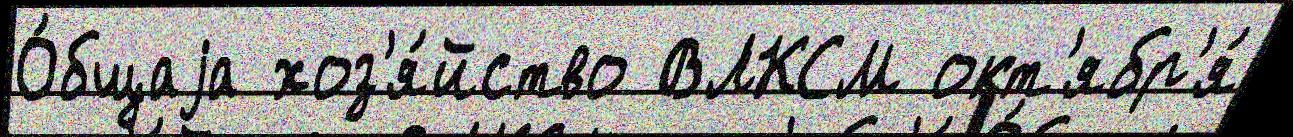
О́бщаjа хоз'я́йство ВЛКСМ окт'ябр'я́